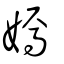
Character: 嫣